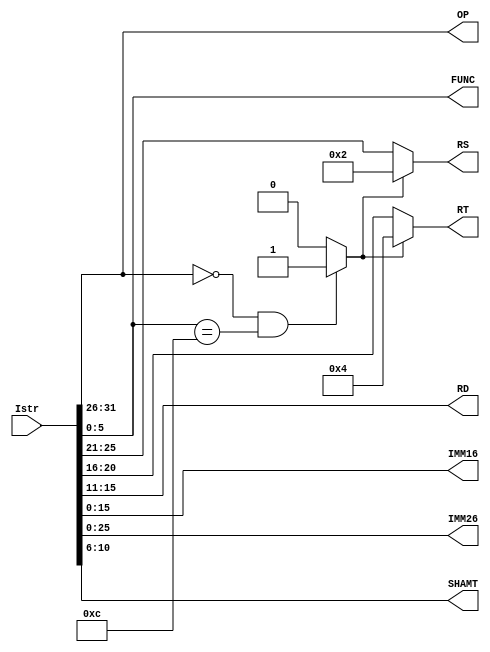
`timescale 1ns / 1ps
//////////////////////////////////////////////////////////////////////////////////
// Company: RuLaiFo Group	
// 
// Design Name: 
// Module Name: IstrSplit
// Project Name: 
// Target Devices: 
// Tool Versions: 
// Description: 
// 
// Dependencies: 
// 
// Revision:
// Revision 0.01 - File Created
// Additional Comments:
// 
//////////////////////////////////////////////////////////////////////////////////


module IstrSplit(Istr, RS, RT, RD, IMM16, IMM26, SHAMT, OP, FUNC);
input [31:0] Istr;
output reg [4:0] RS = 0, RT = 0, RD = 0;
output reg [15:0] IMM16 = 0;
output reg [25:0] IMM26 = 0;
output reg [4:0] SHAMT = 0;
reg SYSCALL;
output reg [5:0] OP = 0, FUNC = 0;

reg [4:0] local_rs, local_rt;

always @(*) begin
	FUNC = Istr[5:0];
	OP = Istr[31:26];
	RD = Istr[15:11];
	local_rt = Istr[20:16];
	local_rs = Istr[25:21];
	IMM16 = Istr[15:0];
	IMM26 = Istr[25:0];
	SHAMT = Istr[10:6];
end

always @(*) begin
	if (OP == 6'b000000 && FUNC == 6'b001100) begin
		SYSCALL = 1;
	end else begin
		SYSCALL = 0;
	end
end

always @(*) begin
	if (SYSCALL == 1) begin
		RT = 6'b000100;
		RS = 6'b000010;
	end
	else begin
		RT = local_rt;
		RS = local_rs;
	end
end

endmodule